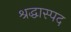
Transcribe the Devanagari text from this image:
श्रद्धास्पद